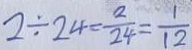
2 \div 2 4 = \frac { 2 } { 2 4 } = \frac { 1 } { 1 2 }